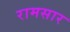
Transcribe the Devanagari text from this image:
रामसार